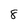
Character: 8